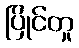
ပြိုင်တူ